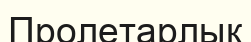
Пролетарлық